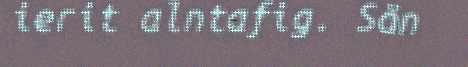
ierit alntafig. Sän